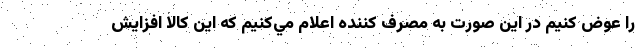
را عوض كنيم در اين صورت به مصرف كننده اعلام مي‌كنيم كه اين كالا افزايش